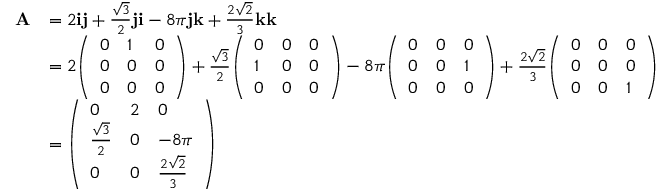
{ \begin{array} { r l } { \mathbf { A } } & { = 2 \mathbf { i j } + { \frac { \sqrt { 3 } } { 2 } } \mathbf { j i } - 8 \pi \mathbf { j k } + { \frac { 2 { \sqrt { 2 } } } { 3 } } \mathbf { k k } } \\ & { = 2 { \left( \begin{array} { l l l } { 0 } & { 1 } & { 0 } \\ { 0 } & { 0 } & { 0 } \\ { 0 } & { 0 } & { 0 } \end{array} \right) } + { \frac { \sqrt { 3 } } { 2 } } { \left( \begin{array} { l l l } { 0 } & { 0 } & { 0 } \\ { 1 } & { 0 } & { 0 } \\ { 0 } & { 0 } & { 0 } \end{array} \right) } - 8 \pi { \left( \begin{array} { l l l } { 0 } & { 0 } & { 0 } \\ { 0 } & { 0 } & { 1 } \\ { 0 } & { 0 } & { 0 } \end{array} \right) } + { \frac { 2 { \sqrt { 2 } } } { 3 } } { \left( \begin{array} { l l l } { 0 } & { 0 } & { 0 } \\ { 0 } & { 0 } & { 0 } \\ { 0 } & { 0 } & { 1 } \end{array} \right) } } \\ & { = { \left( \begin{array} { l l l } { 0 } & { 2 } & { 0 } \\ { { \frac { \sqrt { 3 } } { 2 } } } & { 0 } & { - 8 \pi } \\ { 0 } & { 0 } & { { \frac { 2 { \sqrt { 2 } } } { 3 } } } \end{array} \right) } } \end{array} }